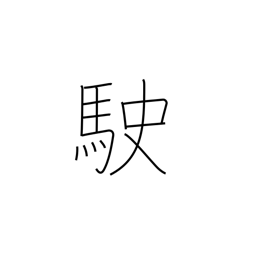
Meaning: run fast